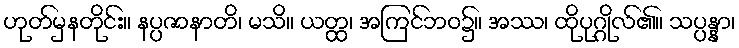
ဟုတ်မှနတိုင်း။ နပ္ပဇာနာတိ၊ မသိ။ ယတ္ထ၊ အကြင်ဘဝ၌။ အဿ၊ ထိုပုဂ္ဂိုလ်၏။ သပ္ပန္နာ၊